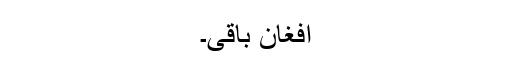
افغان باقی۔